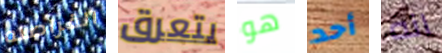
القراصنه يتعرق هو أحد انه